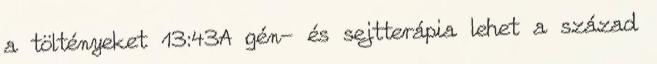
a töltényeket 13:43A gén- és sejtterápia lehet a század